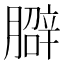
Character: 𱼜